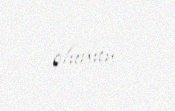
olunur.